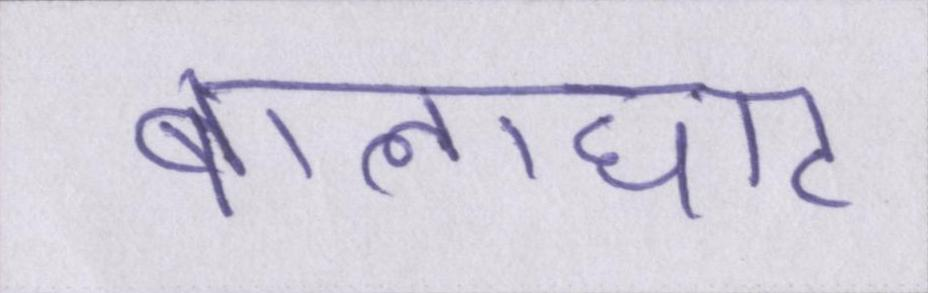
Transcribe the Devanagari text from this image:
बालाघाट